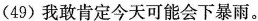
(49)我敢肯定今天可能会下暴雨。